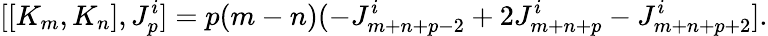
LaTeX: [[K_{m},K_{n}],J_{p}^{i}]=p(m-n)(-J_{m+n+p-2}^{i}+2J_{m+n+p}^{i}-J_{m+n+p+2}^{i}].